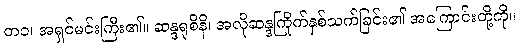
တဝ၊ အရှင်မင်းကြီး၏။ ဆန္ဒရုစိနိ၊ အလိုဆန္ဒကြိုက်နှစ်သက်ခြင်း၏ အကြောင်းတို့ကို။